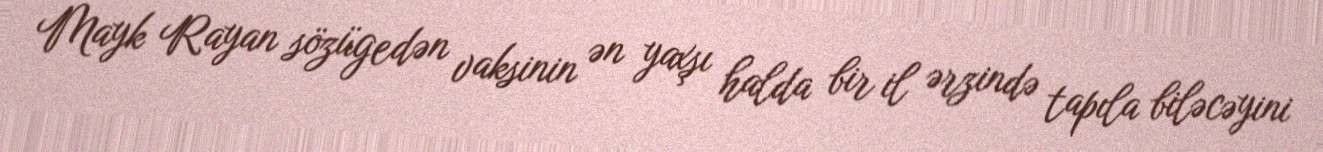
Mayk Rayan sözügedən vaksinin ən yaxşı halda bir il ərzində tapıla biləcəyini